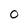
Character: 0